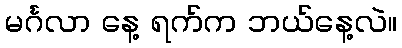
မင်္ဂလာ နေ့ ရက်က ဘယ်နေ့လဲ။